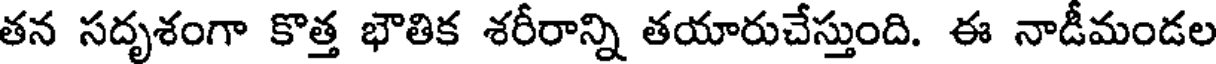
తన సదృశంగా కొత్త భౌతిక శరీరాన్ని తయారుచేస్తుంది. ఈ నాడీమండల